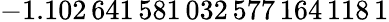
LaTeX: -1.102\, 641\, 581\, 032\, 577\, 164\, 118\, 1